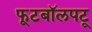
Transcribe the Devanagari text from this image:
फूटबॉलपटू